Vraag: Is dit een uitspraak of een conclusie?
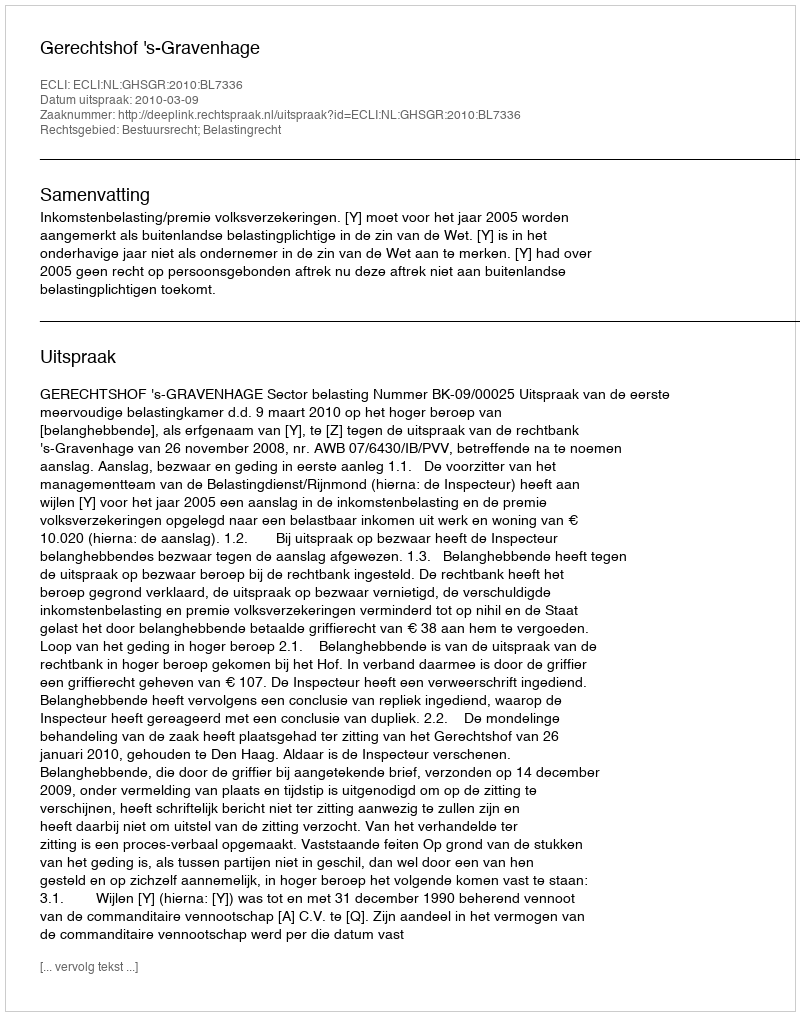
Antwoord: Uitspraak